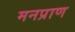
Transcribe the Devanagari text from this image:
मनप्राण